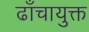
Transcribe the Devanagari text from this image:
ढाँचायुक्त